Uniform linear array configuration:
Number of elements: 8
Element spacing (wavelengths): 0.75
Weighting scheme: exponential
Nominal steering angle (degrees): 0
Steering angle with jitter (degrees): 1.029
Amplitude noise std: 0.05
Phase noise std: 0.05

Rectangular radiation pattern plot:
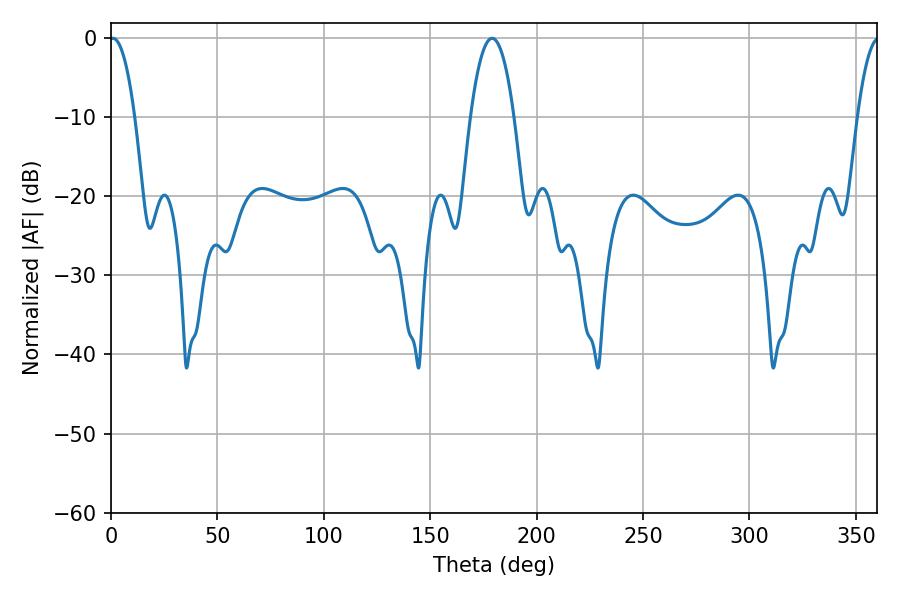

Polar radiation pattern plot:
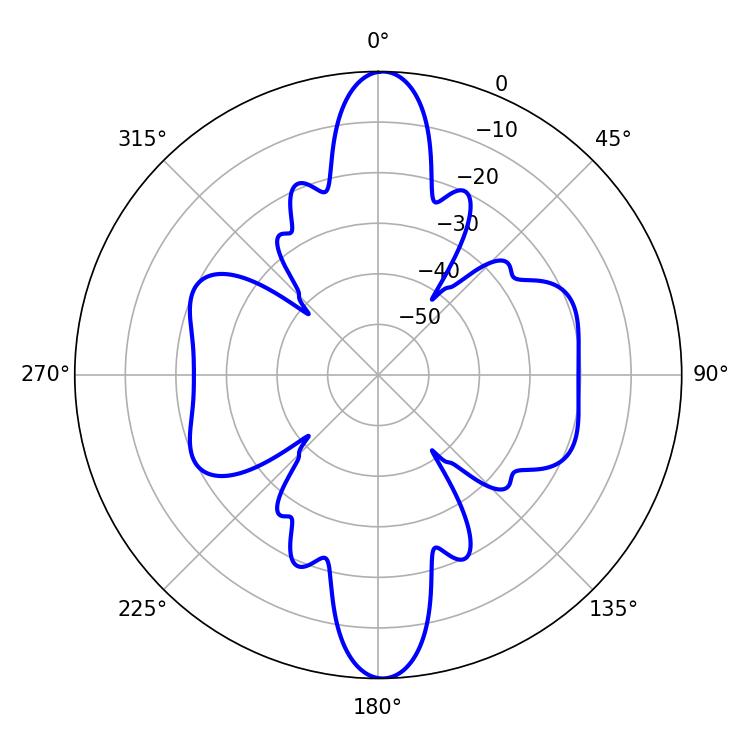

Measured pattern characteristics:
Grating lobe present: TRUE
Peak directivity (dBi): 23.208
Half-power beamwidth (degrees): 6.66
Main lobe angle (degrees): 0.9